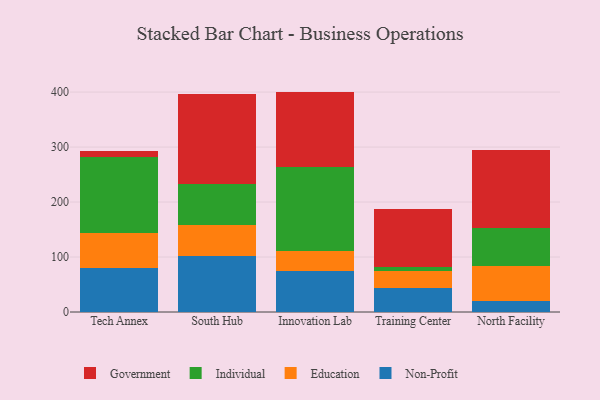
{"axis": {"x": "Campus", "y": "Market Share (%)"}, "legend": ["Education", "Government", "Individual", "Non-Profit"], "data": [{"x": "Tech Annex", "y": 79.6, "type": "Non-Profit"}, {"x": "Tech Annex", "y": 64.6, "type": "Education"}, {"x": "Tech Annex", "y": 137.2, "type": "Individual"}, {"x": "Tech Annex", "y": 12.2, "type": "Government"}, {"x": "South Hub", "y": 101.1, "type": "Non-Profit"}, {"x": "South Hub", "y": 56.4, "type": "Education"}, {"x": "South Hub", "y": 74.6, "type": "Individual"}, {"x": "South Hub", "y": 164.8, "type": "Government"}, {"x": "Innovation Lab", "y": 74.9, "type": "Non-Profit"}, {"x": "Innovation Lab", "y": 36.1, "type": "Education"}, {"x": "Innovation Lab", "y": 151.9, "type": "Individual"}, {"x": "Innovation Lab", "y": 138.0, "type": "Government"}, {"x": "Training Center", "y": 42.9, "type": "Non-Profit"}, {"x": "Training Center", "y": 31.1, "type": "Education"}, {"x": "Training Center", "y": 8.4, "type": "Individual"}, {"x": "Training Center", "y": 105.5, "type": "Government"}, {"x": "North Facility", "y": 19.4, "type": "Non-Profit"}, {"x": "North Facility", "y": 64.9, "type": "Education"}, {"x": "North Facility", "y": 68.8, "type": "Individual"}, {"x": "North Facility", "y": 141.8, "type": "Government"}]}